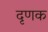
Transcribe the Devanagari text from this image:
दृणक